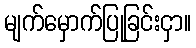
မျက်မှောက်ပြုခြင်းငှာ။